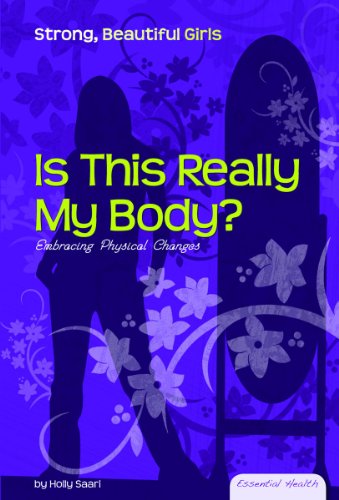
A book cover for Is This Really My Body?: Embracing Physical Changes (Essential Health: Strong, Beautiful Girls); Holly Saari; Teen & Young Adult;